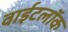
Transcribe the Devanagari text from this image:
वाईटलॉक